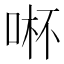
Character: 𱒽